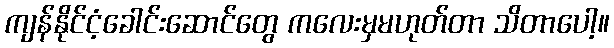
ကျန်နိုင်ငံ့ခေါင်းဆောင်တွေ ကလေးမှမဟုတ်တာ သိတာပေါ့။